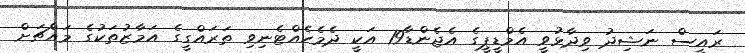
ރައީސް ނަޝިދު ވިދާޅުވީ އެމްޑީޕީގެ އެޖެންޑާ19 އަކީ ދެމެހެއްޓެނިވި ތަރައްގީގެ އަމާޒުތަކުގެ މައްޗަށް